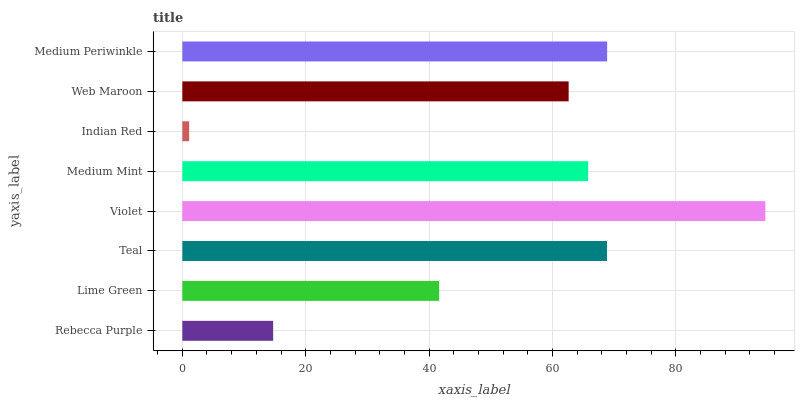
| yaxis_label | bars |
 | --- | --- |
 | Rebecca Purple | 14.7 |
 | Lime Green | 41.6 |
 | Teal | 68.8 |
 | Violet | 94.5 |
 | Medium Mint | 65.8 |
 | Indian Red | 1.11 |
 | Web Maroon | 62.6 |
 | Medium Periwinkle | 68.9 |